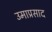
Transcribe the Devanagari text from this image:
उमाप्रसाद